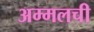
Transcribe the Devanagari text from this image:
अम्मलची